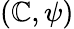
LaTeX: (\mathbb{C},\psi)